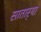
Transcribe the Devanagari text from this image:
सातार्‍या